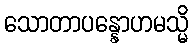
သောတာပန္နောဟမသ္မိ